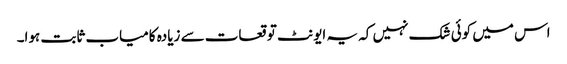
اس میں کوئی شک نہیں کہ یہ ایونٹ توقعات سے زیادہ کامیاب ثابت ہوا۔